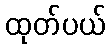
ထုတ်ပယ်